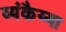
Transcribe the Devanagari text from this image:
व्यंकैय्या